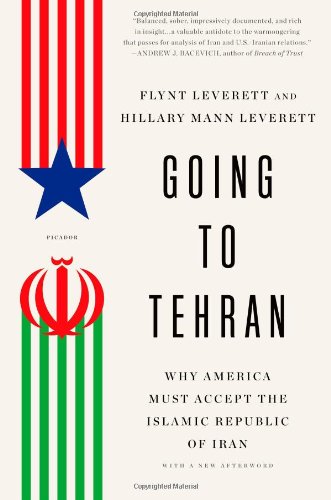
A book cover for Going to Tehran: Why America Must Accept the Islamic Republic of Iran; Flynt Leverett; History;